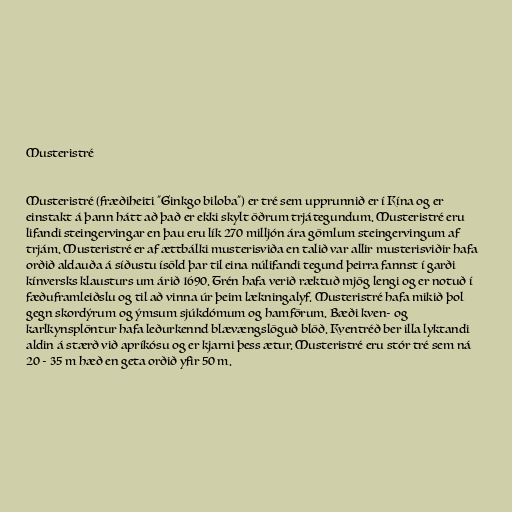
Musteristré

Musteristré (fræðiheiti "Ginkgo biloba") er tré sem upprunnið er í Kína og er
einstakt á þann hátt að það er ekki skylt öðrum trjátegundum. Musteristré eru
lifandi steingervingar en þau eru lík 270 milljón ára gömlum steingervingum af
trjám. Musteristré er af ættbálki musterisviða en talið var allir musterisviðir hafa
orðið aldauða á síðustu ísöld þar til eina núlifandi tegund þeirra fannst í garði
kínversks klausturs um árið 1690. Trén hafa verið ræktuð mjög lengi og er notuð í
fæðuframleiðslu og til að vinna úr þeim lækningalyf. Musteristré hafa mikið þol
gegn skordýrum og ýmsum sjúkdómum og hamförum. Bæði kven- og
karlkynsplöntur hafa leðurkennd blævængslöguð blöð. Kventréð ber illa lyktandi
aldin á stærð við apríkósu og er kjarni þess ætur. Musteristré eru stór tré sem ná
20 - 35 m hæð en geta orðið yfir 50 m.